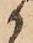
か